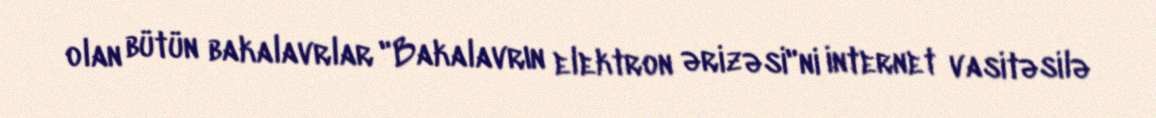
olan bütün bakalavrlar "Bakalavrın elektron ərizəsi"ni internet vasitəsilə